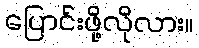
ပြောင်းဖို့လိုလား။